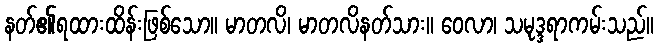
နတ်၏ရထားထိန်းဖြစ်သော။ မာတလိ၊ မာတလိနတ်သား။ ဝေလာ၊ သမုဒ္ဒရာကမ်းသည်။